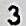
3